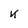
Character: k